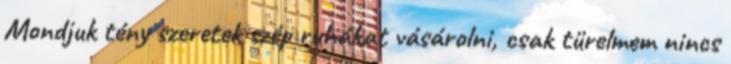
Mondjuk tény szeretek szép ruhákat vásárolni, csak türelmem nincs